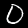
Digit: 0